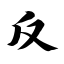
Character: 反